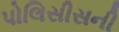
પોલિસીસની